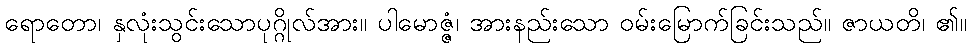
ရောတော၊ နှလုံးသွင်းသောပုဂ္ဂိုလ်အား။ ပါမောဇ္ဇံ၊ အားနည်းသော ဝမ်းမြောက်ခြင်းသည်။ ဇာယတိ၊ ၏။